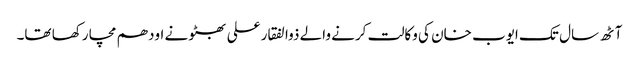
آٹھ سال تک ایوب خان کی وکالت کرنے والے ذوالفقار علی بھٹو نے اودھم مچا رکھا تھا۔